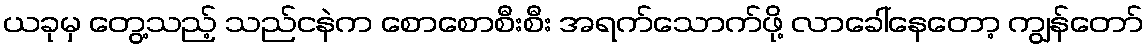
ယခုမှ တွေ့သည့် သည်ငနဲက စောစောစီးစီး အရက်သောက်ဖို့ လာခေါ်နေတော့ ကျွန်တော်